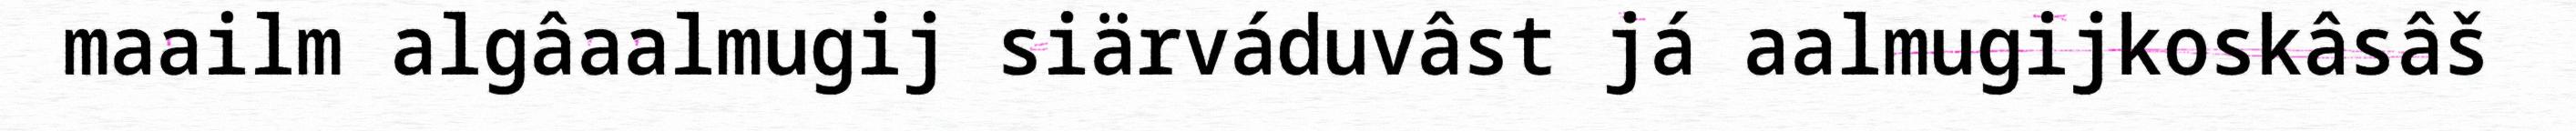
maailm algâaalmugij siärváduvâst já aalmugijkoskâsâš